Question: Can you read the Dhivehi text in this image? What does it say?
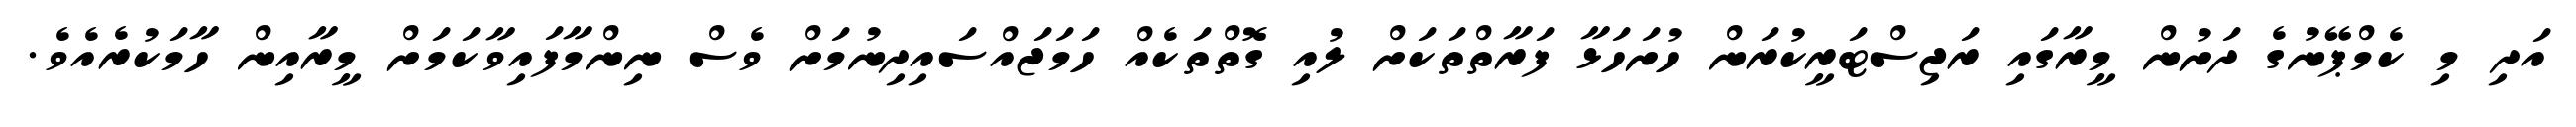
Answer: އަދި މި ކެމްޕޭނުގެ ދަށުން މީރާގައި ރަޖިސްޓަރީކުރަން ހުށަހަޅާ ފަރާތްތަކަށް ލުއި ގޮތްތަކެއް ހަމަޖައްސައިދިނުމަށް ވެސް ނިންމާފައިވާކަމަށް މީރާއިން ހާމަކުރެއެވެ.